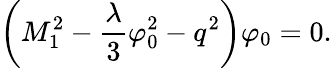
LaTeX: \left(M_{1}^{2}-\frac{\lambda}{3}\varphi_{0}^{2}-q^{2}\right)\varphi_{0}=0.